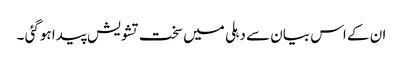
ان کے اس بیان سے دہلی میں سخت تشویش پیدا ہوگئی ۔